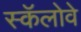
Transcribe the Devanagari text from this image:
स्कॅलोवे